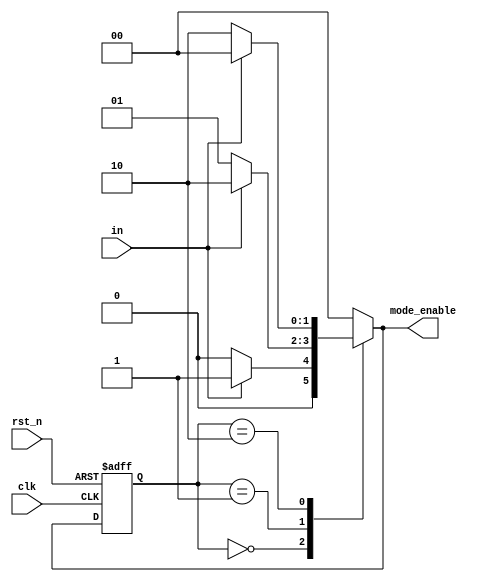
`timescale 1ns / 1ps
//////////////////////////////////////////////////////////////////////////////////
// Company: 
// Engineer: 
// 
// Design Name: 
// Module Name: fsm_4state
// Project Name: 
// Target Devices: 
// Tool Versions: 
// Description: 
// 
// Dependencies: 
// 
// Revision:
// Revision 0.01 - File Created
// Additional Comments:
// 
//////////////////////////////////////////////////////////////////////////////////


module fsm_4state(
  output reg [1:0]mode_enable,  
  input in,
  input clk, 
  input rst_n  
);

reg [1:0]state; 
reg [1:0]next_state; 

always @*
  case (state)
    2'b00:
      if (in)
      begin
        next_state = 2'b01;
        mode_enable = 2'b01;
      end
      else
      begin
        next_state = 2'b00;
        mode_enable = 2'b00;
      end
    2'b01:
      if (in)
      begin
        next_state = 2'b10;
        mode_enable = 2'b10;
      end
      else
      begin
        next_state = 2'b01;
        mode_enable = 2'b01;
      end
    2'b10:
      if (in)
      begin
         next_state = 2'b00;
         mode_enable = 2'b00;
      end
      else
      begin
         next_state = 2'b10;
         mode_enable = 2'b10;
       end
    default:
      begin
          next_state = 2'b00;
          mode_enable = 2'b00;
    end
  endcase

always @(posedge clk or negedge rst_n)
begin
  if (~rst_n)
    state <= 2'b00;
  else
    state <= next_state;
end

endmodule